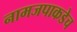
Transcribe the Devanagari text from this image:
नामजपाकडेच